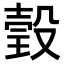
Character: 瑴